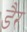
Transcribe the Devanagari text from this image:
डैर